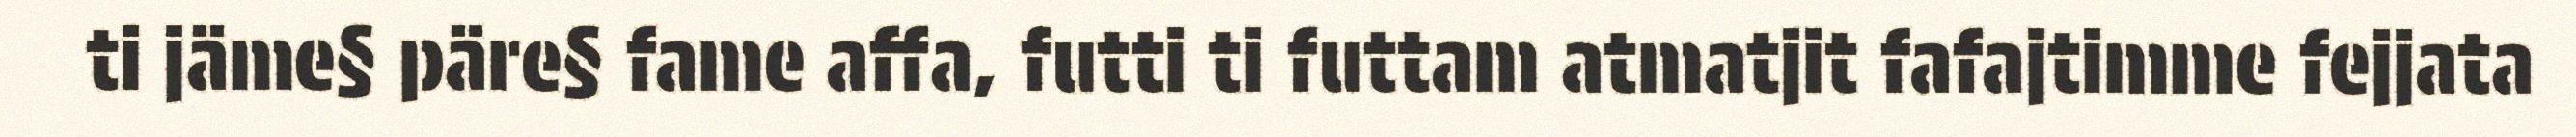
ti jäme§ päre§ fame affa, futti ti futtam atmatjit fafajtimme fejjata